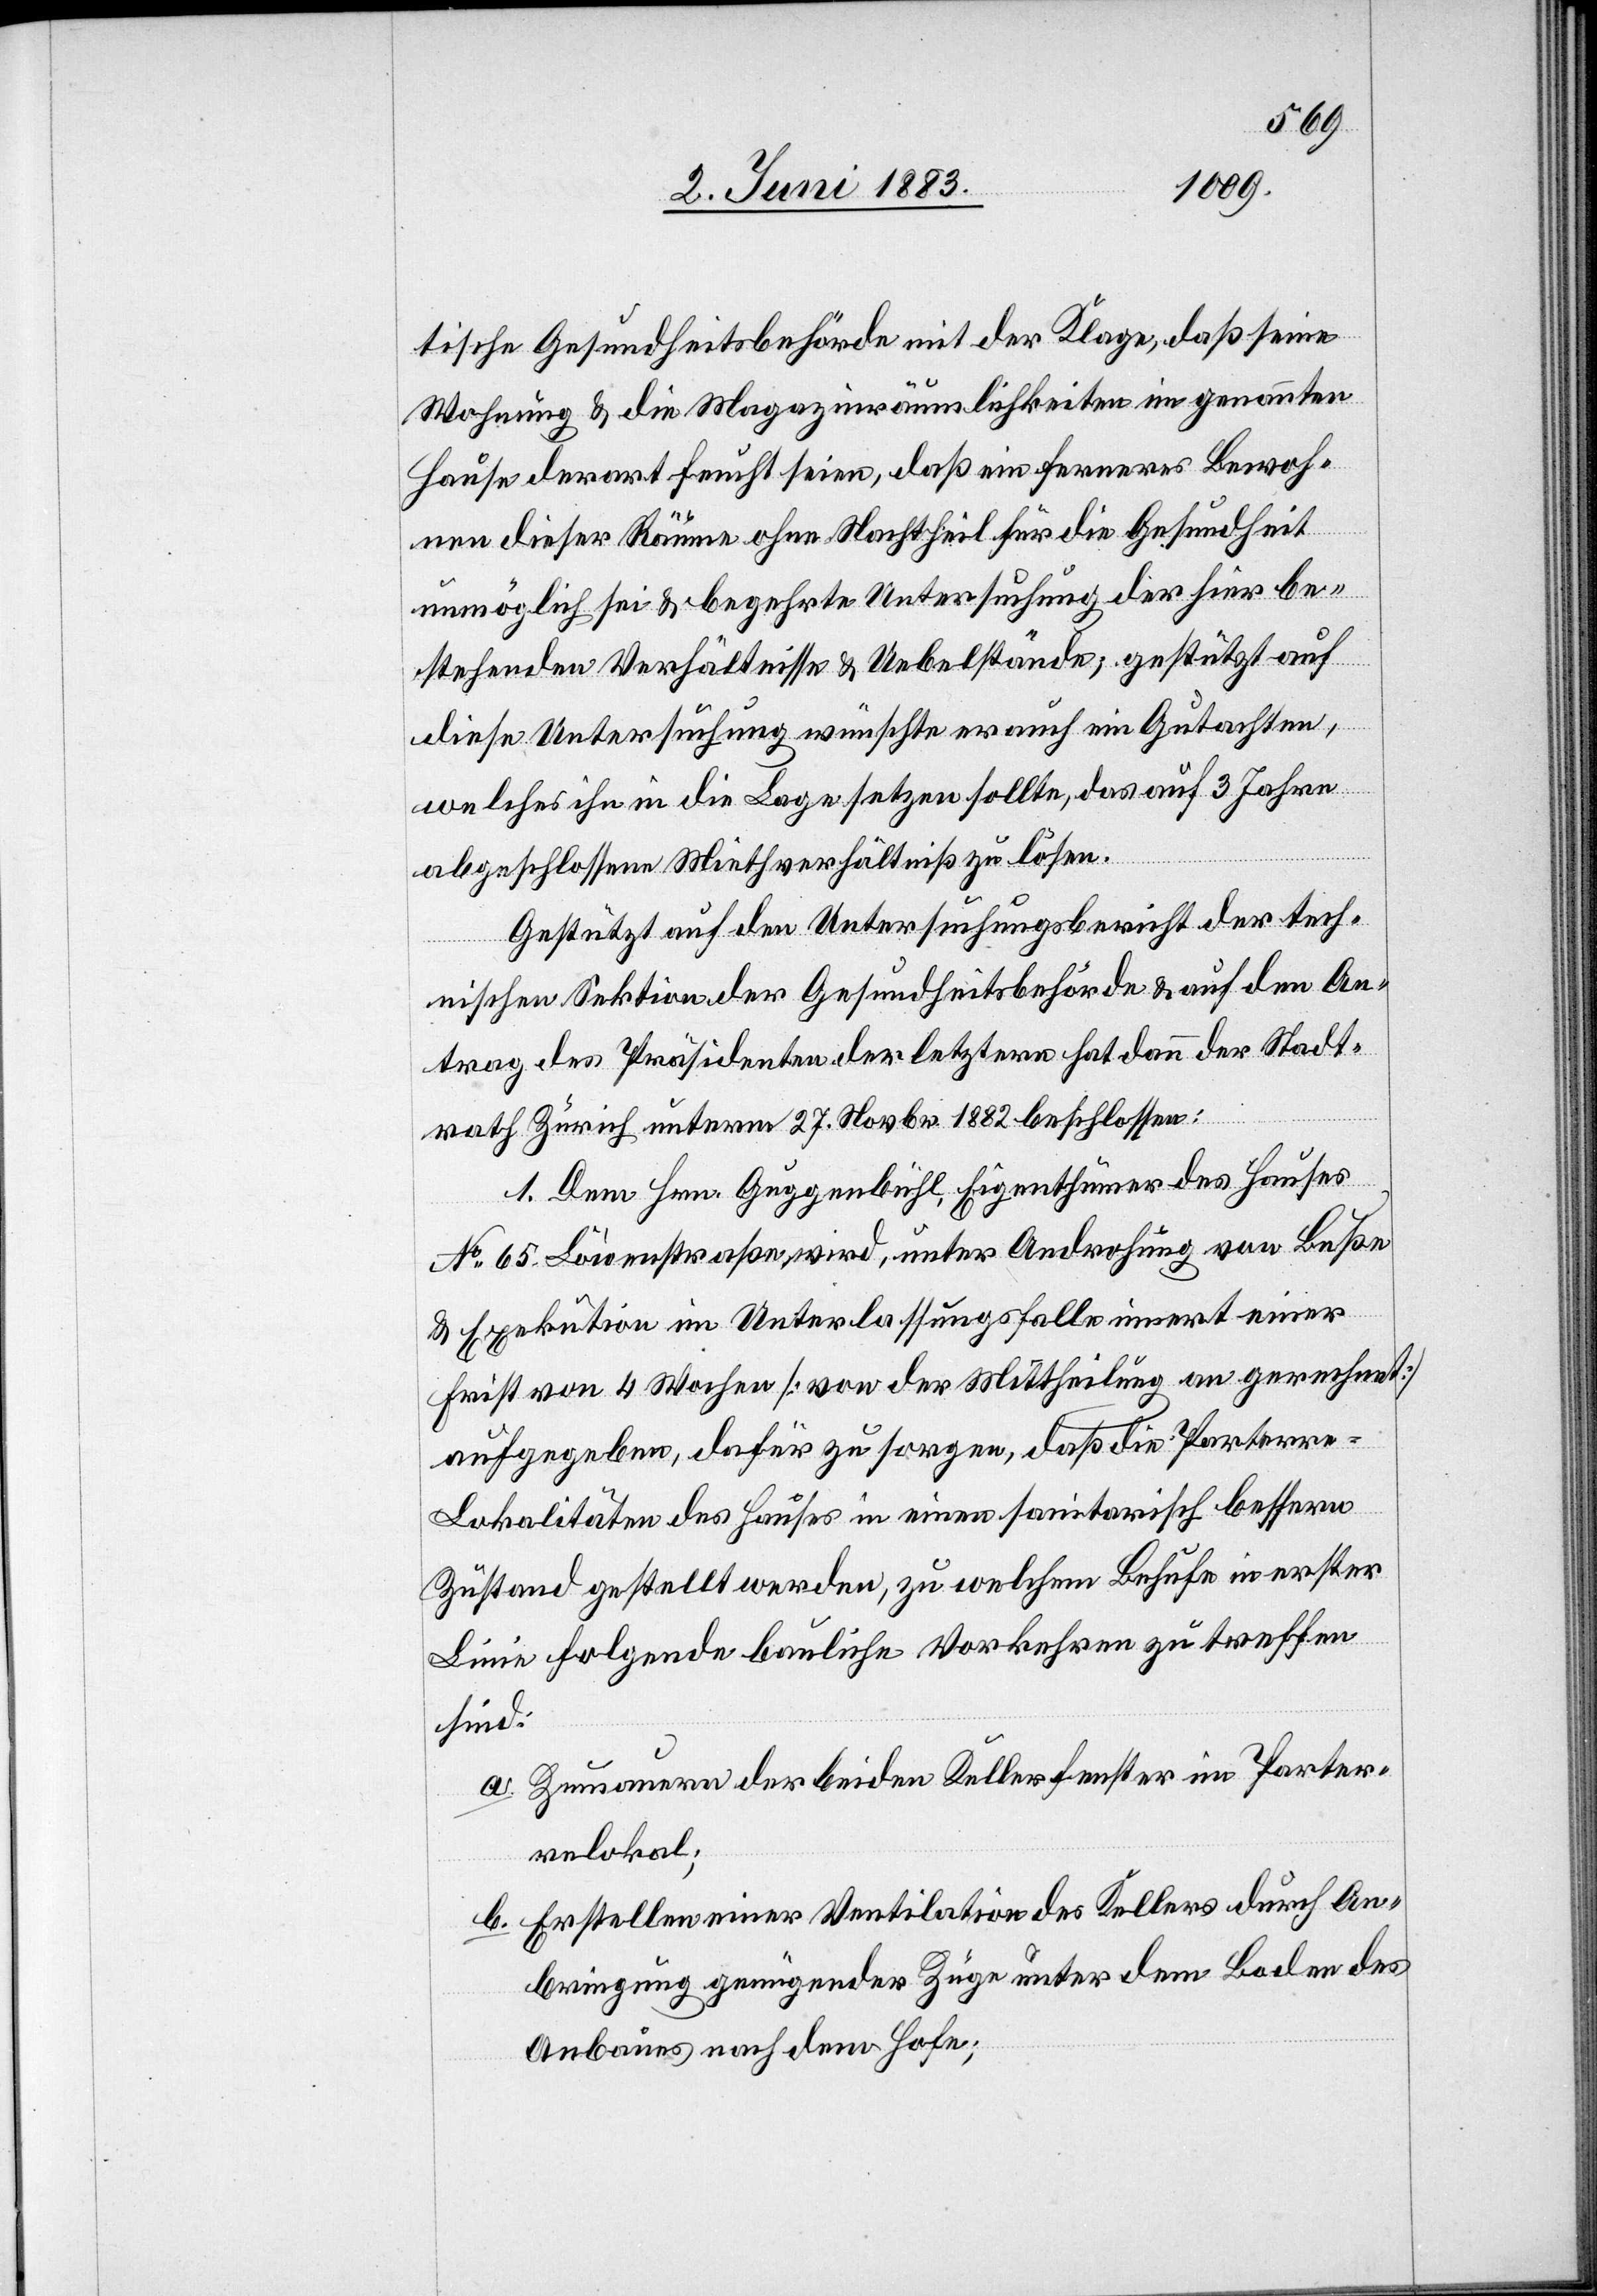
tische Gesundheitsbehörde mit der Klage, daß seine
Wohnung & die Magazinräumlichkeiten im genannten
Hause derart feucht seien, daß ein fernerer Bewoh¬
ner dieser Räume ohne Nachtheil für die Gesundheit
unmöglich sei & begehrte Untersuchung der hier be¬
stehenden Verhältnisse & Uebelstände, gestützt auf
diese Untersuchung wünscht er auch ein Gutachten,
welches ihn in die Lage setzen sollte, das auf 3 Jahre
abgeschlossene Miethverhältniß zu lösen.
Gestützt auf den Untersuchungsbericht der tech¬
nischen Sektion der Gesundheitsbehörde & auf den An¬
trag des Präsidenten der letztern hat dann der Stadt¬
rath Zürich unterm 27. Novbr. 1882 beschlossen:
1. Dem Hrn. Guggenbühl, Eigenthümer des Hauses
No 65 Löwenstraße wird, unter Androhung von Buße
& Exekution im Unterlassungsfalle innert einer
Frist von 4 Wochen [von der Mittheilung an gerechnet]
aufgegeben, dafür zu sorgen, daß die Parterr¬
e-Lokalitäten des Hauses in einen sanitarisch besseren
Zustand gestellt werden, zu welchem Behufe in erster
Linie folgende bauliche Vorkehren zu treffen
sind:
a. Zumauern der beiden Kellerfenster im Parter¬
relokal;
b. Erstellen einer Ventilation des Kellers durch An¬
bringung genügender Züge unter dem Boden des
Anbaues nach dem Hofe;